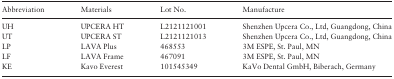
<table><thead><tr><td><b>Abbreviation</b></td><td><b>Materials</b></td><td><b>Lot No.</b></td><td><b>Manufacture</b></td></tr></thead><tbody><tr><td>UH</td><td>UPCERA HT</td><td>L2121121001</td><td>Shenzhen Upcera Co., Ltd, Guangdong, China</td></tr><tr><td>UT</td><td>UPCERA ST</td><td>L2121121013</td><td>Shenzhen Upcera Co., Ltd, Guangdong, China</td></tr><tr><td>LP</td><td>LAVA Plus</td><td>468553</td><td>3M ESPE, St. Paul, MN</td></tr><tr><td>LF</td><td>LAVA Frame</td><td>467091</td><td>3M ESPE, St. Paul, MN</td></tr><tr><td>KE</td><td>Kavo Everest</td><td>101545349</td><td>KaVo Dental GmbH, Biberach, Germany</td></tr></tbody></table>